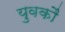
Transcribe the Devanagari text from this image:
युवकौं